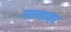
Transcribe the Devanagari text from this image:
स्तनाका